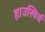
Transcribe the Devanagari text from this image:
हाउस्विर्थ